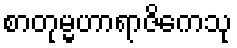
စာတုမ္မဟာရာဇိကေသု